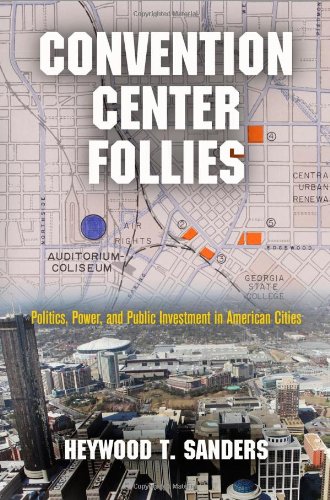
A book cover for Convention Center Follies: Politics, Power, and Public Investment in American Cities (American Business, Politics, and Society); Heywood T. Sanders; Business & Money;